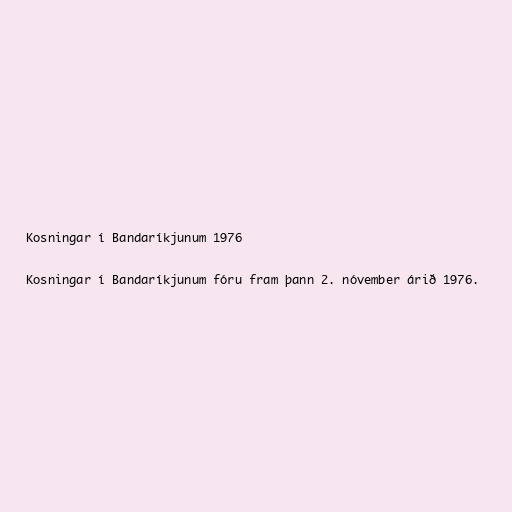
Kosningar í Bandaríkjunum 1976

Kosningar í Bandaríkjunum fóru fram þann 2. nóvember árið 1976.